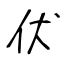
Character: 伏